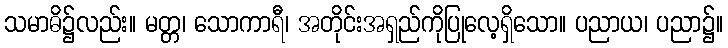
သမာဓိ၌လည်း။ မတ္တ၊ သောကာရီ၊ အတိုင်းအရှည်ကိုပြုလေ့ရှိသော။ ပညာယ၊ ပညာ၌။